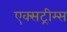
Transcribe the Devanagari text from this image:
एक्सट्रीम्स